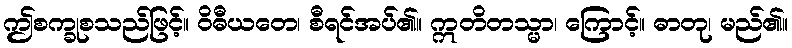
ဤစက္ခုစသည်ဖြင့်။ ဝိဓီယတေ၊ စီရင်အပ်၏။ ဣတိတသ္မာ၊ ကြောင့်။ ဓာတု၊ မည်၏။